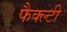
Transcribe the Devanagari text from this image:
फैक्ल्टी